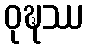
ဝုဍ္ဎဿ